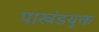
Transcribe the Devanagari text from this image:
पाखंडयुक्त